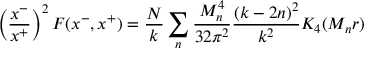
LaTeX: \left( { \frac { x ^ { - } } { x ^ { + } } } \right) ^ { 2 } F ( x ^ { - } , x ^ { + } ) = { \frac { N } { k } } \sum _ { n } { \frac { M _ { n } ^ { 4 } } { 3 2 \pi ^ { 2 } } } { \frac { ( k - 2 n ) ^ { 2 } } { k ^ { 2 } } } K _ { 4 } ( M _ { n } r )